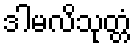
ဒါမလိသုတ္တံ